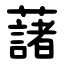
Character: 藷